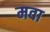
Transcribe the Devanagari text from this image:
मवा